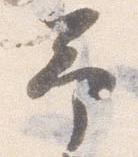
予